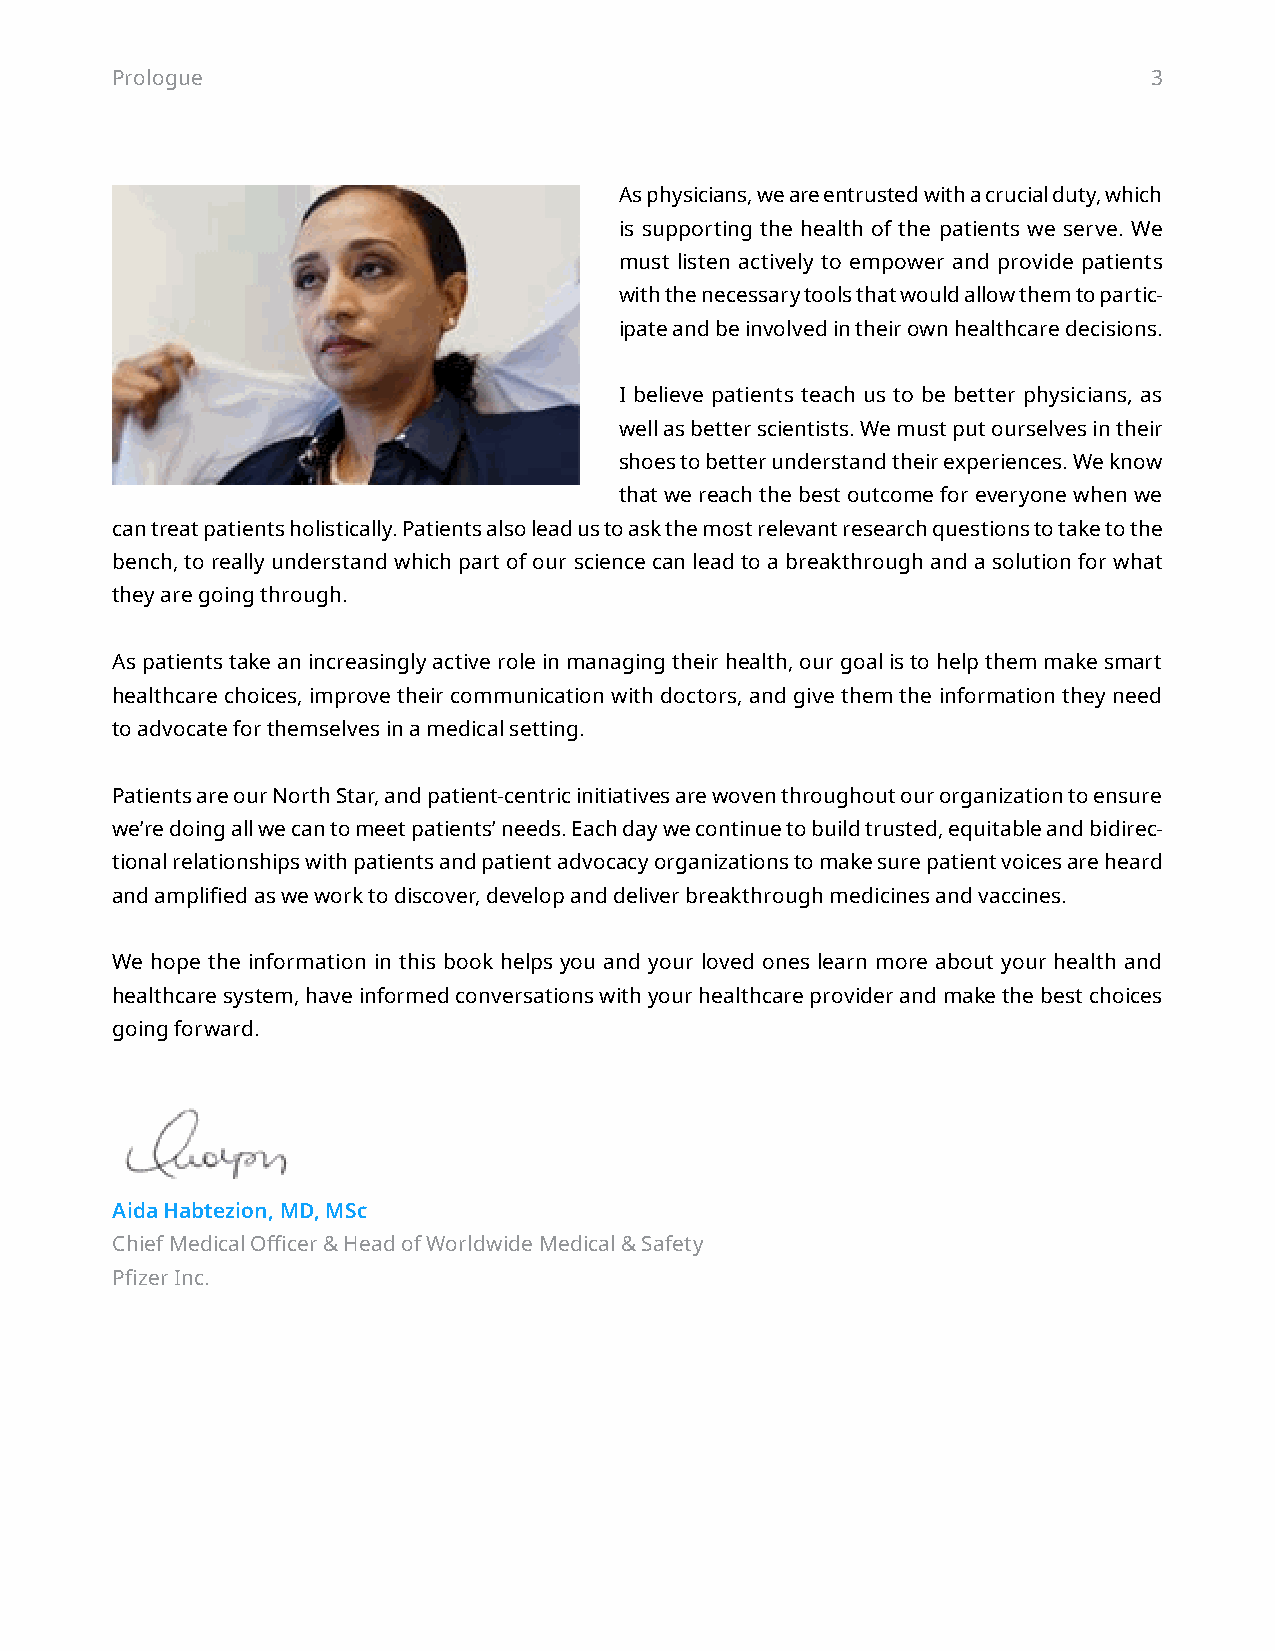
Prologue                                                             3
 As physicians, we are entrusted with a crucial duty, which
 is supporting the health of the patients we serve. We
 must listen actively to empower and provide patients
 with the necessary tools that would allow them to partic-
 ipate and be involved in their own healthcare decisions.
 I believe patients teach us to be better physicians, as
 well as better scientists. We must put ourselves in their
 shoes to better understand their experiences. We know
 that we reach the best outcome for everyone when we
 can treat patients holistically. Patients also lead us to ask the most relevant research questions to take to the
 bench, to really understand which part of our science can lead to a breakthrough and a solution for what
 they are going through.
 As patients take an increasingly active role in managing their health, our goal is to help them make smart
 healthcare choices, improve their communication with doctors, and give them the information they need
 to advocate for themselves in a medical setting.
 Patients are our North Star, and patient-centric initiatives are woven throughout our organization to ensure
 we’re doing all we can to meet patients’ needs. Each day we continue to build trusted, equitable and bidirec-
 tional relationships with patients and patient advocacy organizations to make sure patient voices are heard
 and amplified as we work to discover, develop and deliver breakthrough medicines and vaccines.
 We hope the information in this book helps you and your loved ones learn more about your health and
 healthcare system, have informed conversations with your healthcare provider and make the best choices
 going forward.
 Aida Habtezion, MD, MSc
 Chief Medical Officer & Head of Worldwide Medical & Safety
 Pfizer Inc.